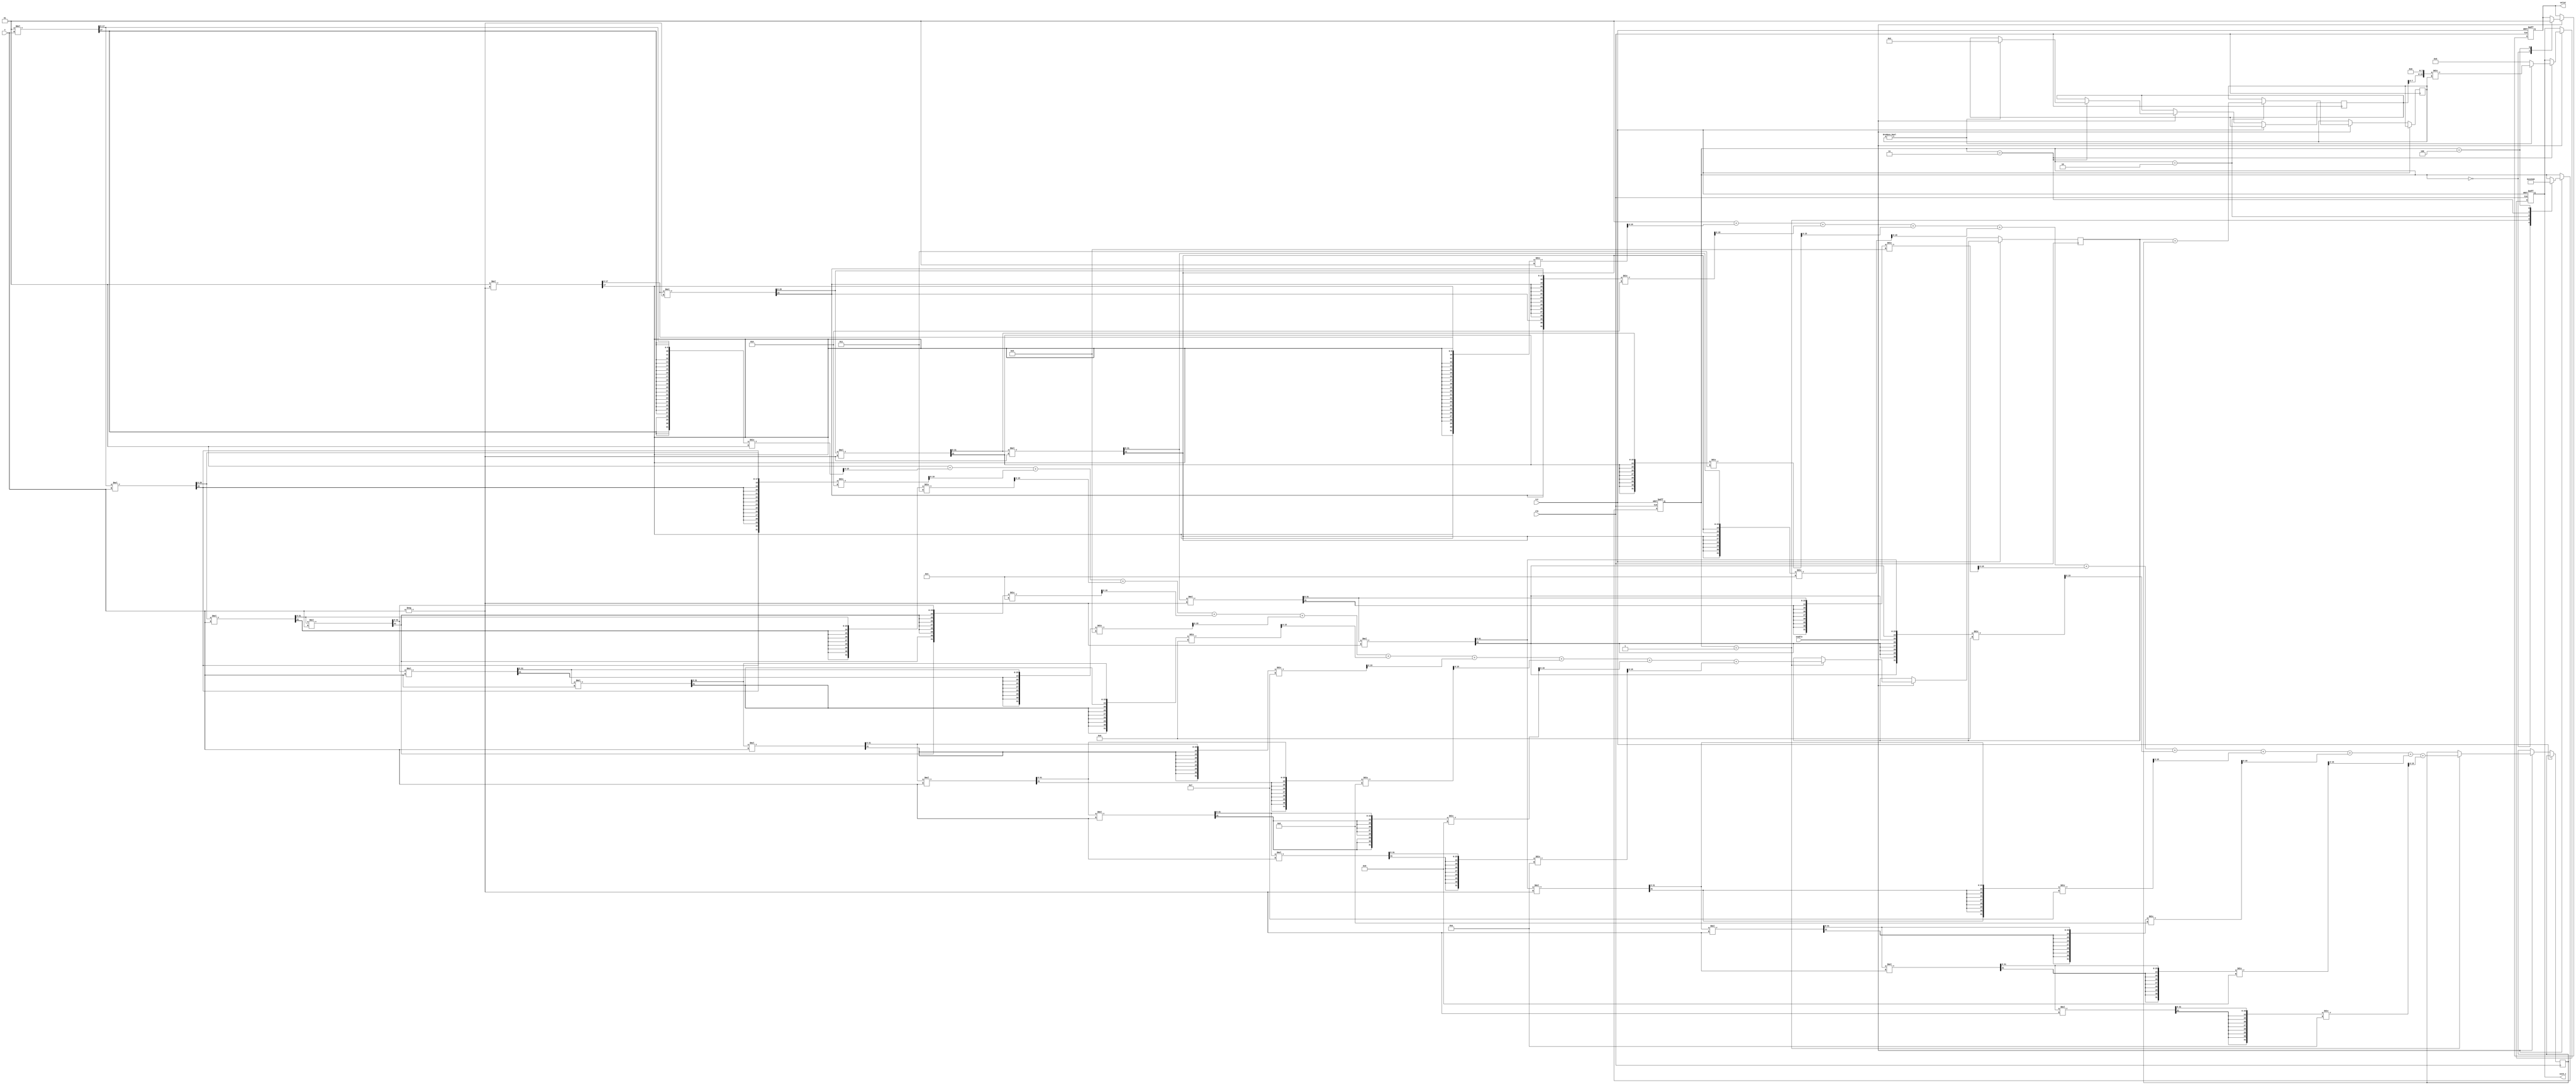
module hyperbolic_secant (
    input wire clk,
    input wire rst,
    input wire enable,
    input wire signed [15:0] x, // Fixed-point input (1 sign bit, 7 integer bits, 8 fractional bits)
    output reg signed [15:0] sech_x, // Fixed-point output (1 sign bit, 7 integer bits, 8 fractional bits)
    output reg valid
);

    reg signed [15:0] exp_x; // e^x
    reg signed [15:0] exp_neg_x; // e^(-x)
    reg signed [15:0] sum; // e^x + e^(-x)
    reg signed [15:0] temp; // temporary variable for division
    reg [3:0] state; // State machine for processing
    localparam IDLE = 4'b0000, CALC_EXP = 4'b0001, CALC_SUM = 4'b0010, CALC_SECH = 4'b0011, OUTPUT = 4'b0100;

    // Simple iterative approximation for e^x (Taylor series)
    function signed [15:0] exp_approx(input signed [15:0] x);
        integer i;
        reg signed [31:0] term; // To handle larger values temporarily
        reg signed [31:0] result;
        begin
            result = 16'h0001; // e^0 = 1
            term = 16'h0001; // First term is x^0 / 0! = 1
            for (i = 1; i <= 10; i = i + 1) begin // 10 terms for approximation
                term = (term * x) >>> 8; // x^i / i! approximation
                result = result + term / i; // Add term to result
            end
            exp_approx = result[15:0]; // Return lower 16 bits
        end
    endfunction

    always @(posedge clk or posedge rst) begin
        if (rst) begin
            sech_x <= 16'b0;
            valid <= 1'b0;
            state <= IDLE;
        end else if (enable) begin
            case (state)
                IDLE: begin
                    valid <= 1'b0;
                    state <= CALC_EXP;
                end
                CALC_EXP: begin
                    exp_x <= exp_approx(x);
                    exp_neg_x <= exp_approx(-x);
                    state <= CALC_SUM;
                end
                CALC_SUM: begin
                    sum <= exp_x + exp_neg_x;
                    state <= CALC_SECH;
                end
                CALC_SECH: begin
                    if (sum != 0) begin
                        temp <= 16'h0002; // Numerator is 2 (fixed-point)
                        sech_x <= (temp << 8) / sum; // 2 / (e^x + e^(-x))
                    end else begin
                        sech_x <= 16'h0000; // Handle division by zero
                    end
                    state <= OUTPUT;
                end
                OUTPUT: begin
                    valid <= 1'b1;
                    state <= IDLE;
                end
            endcase
        end
    end
endmodule